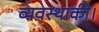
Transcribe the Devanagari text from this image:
व्यवस्थाकी।